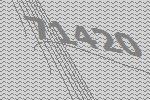
71420